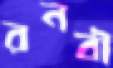
রনবী